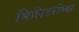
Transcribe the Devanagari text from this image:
मिलिटरीच्या